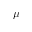
\protect \mu